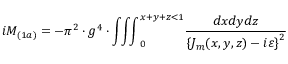
i { \cal M } _ { ( 1 a ) } = - \pi ^ { 2 } \cdot g ^ { 4 } \cdot { \int \! \! \int \! \! \int } _ { 0 } ^ { x + y + z < 1 } \frac { d x d y d z } { \left\{ J _ { m } ( x , y , z ) - i \varepsilon \right\} ^ { 2 } }